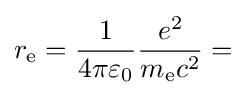
r_{\text{e}}={\frac {1}{4\pi \varepsilon _{0}}}{\frac {e^{2}}{m_{\text{e}}c^{2}}}=